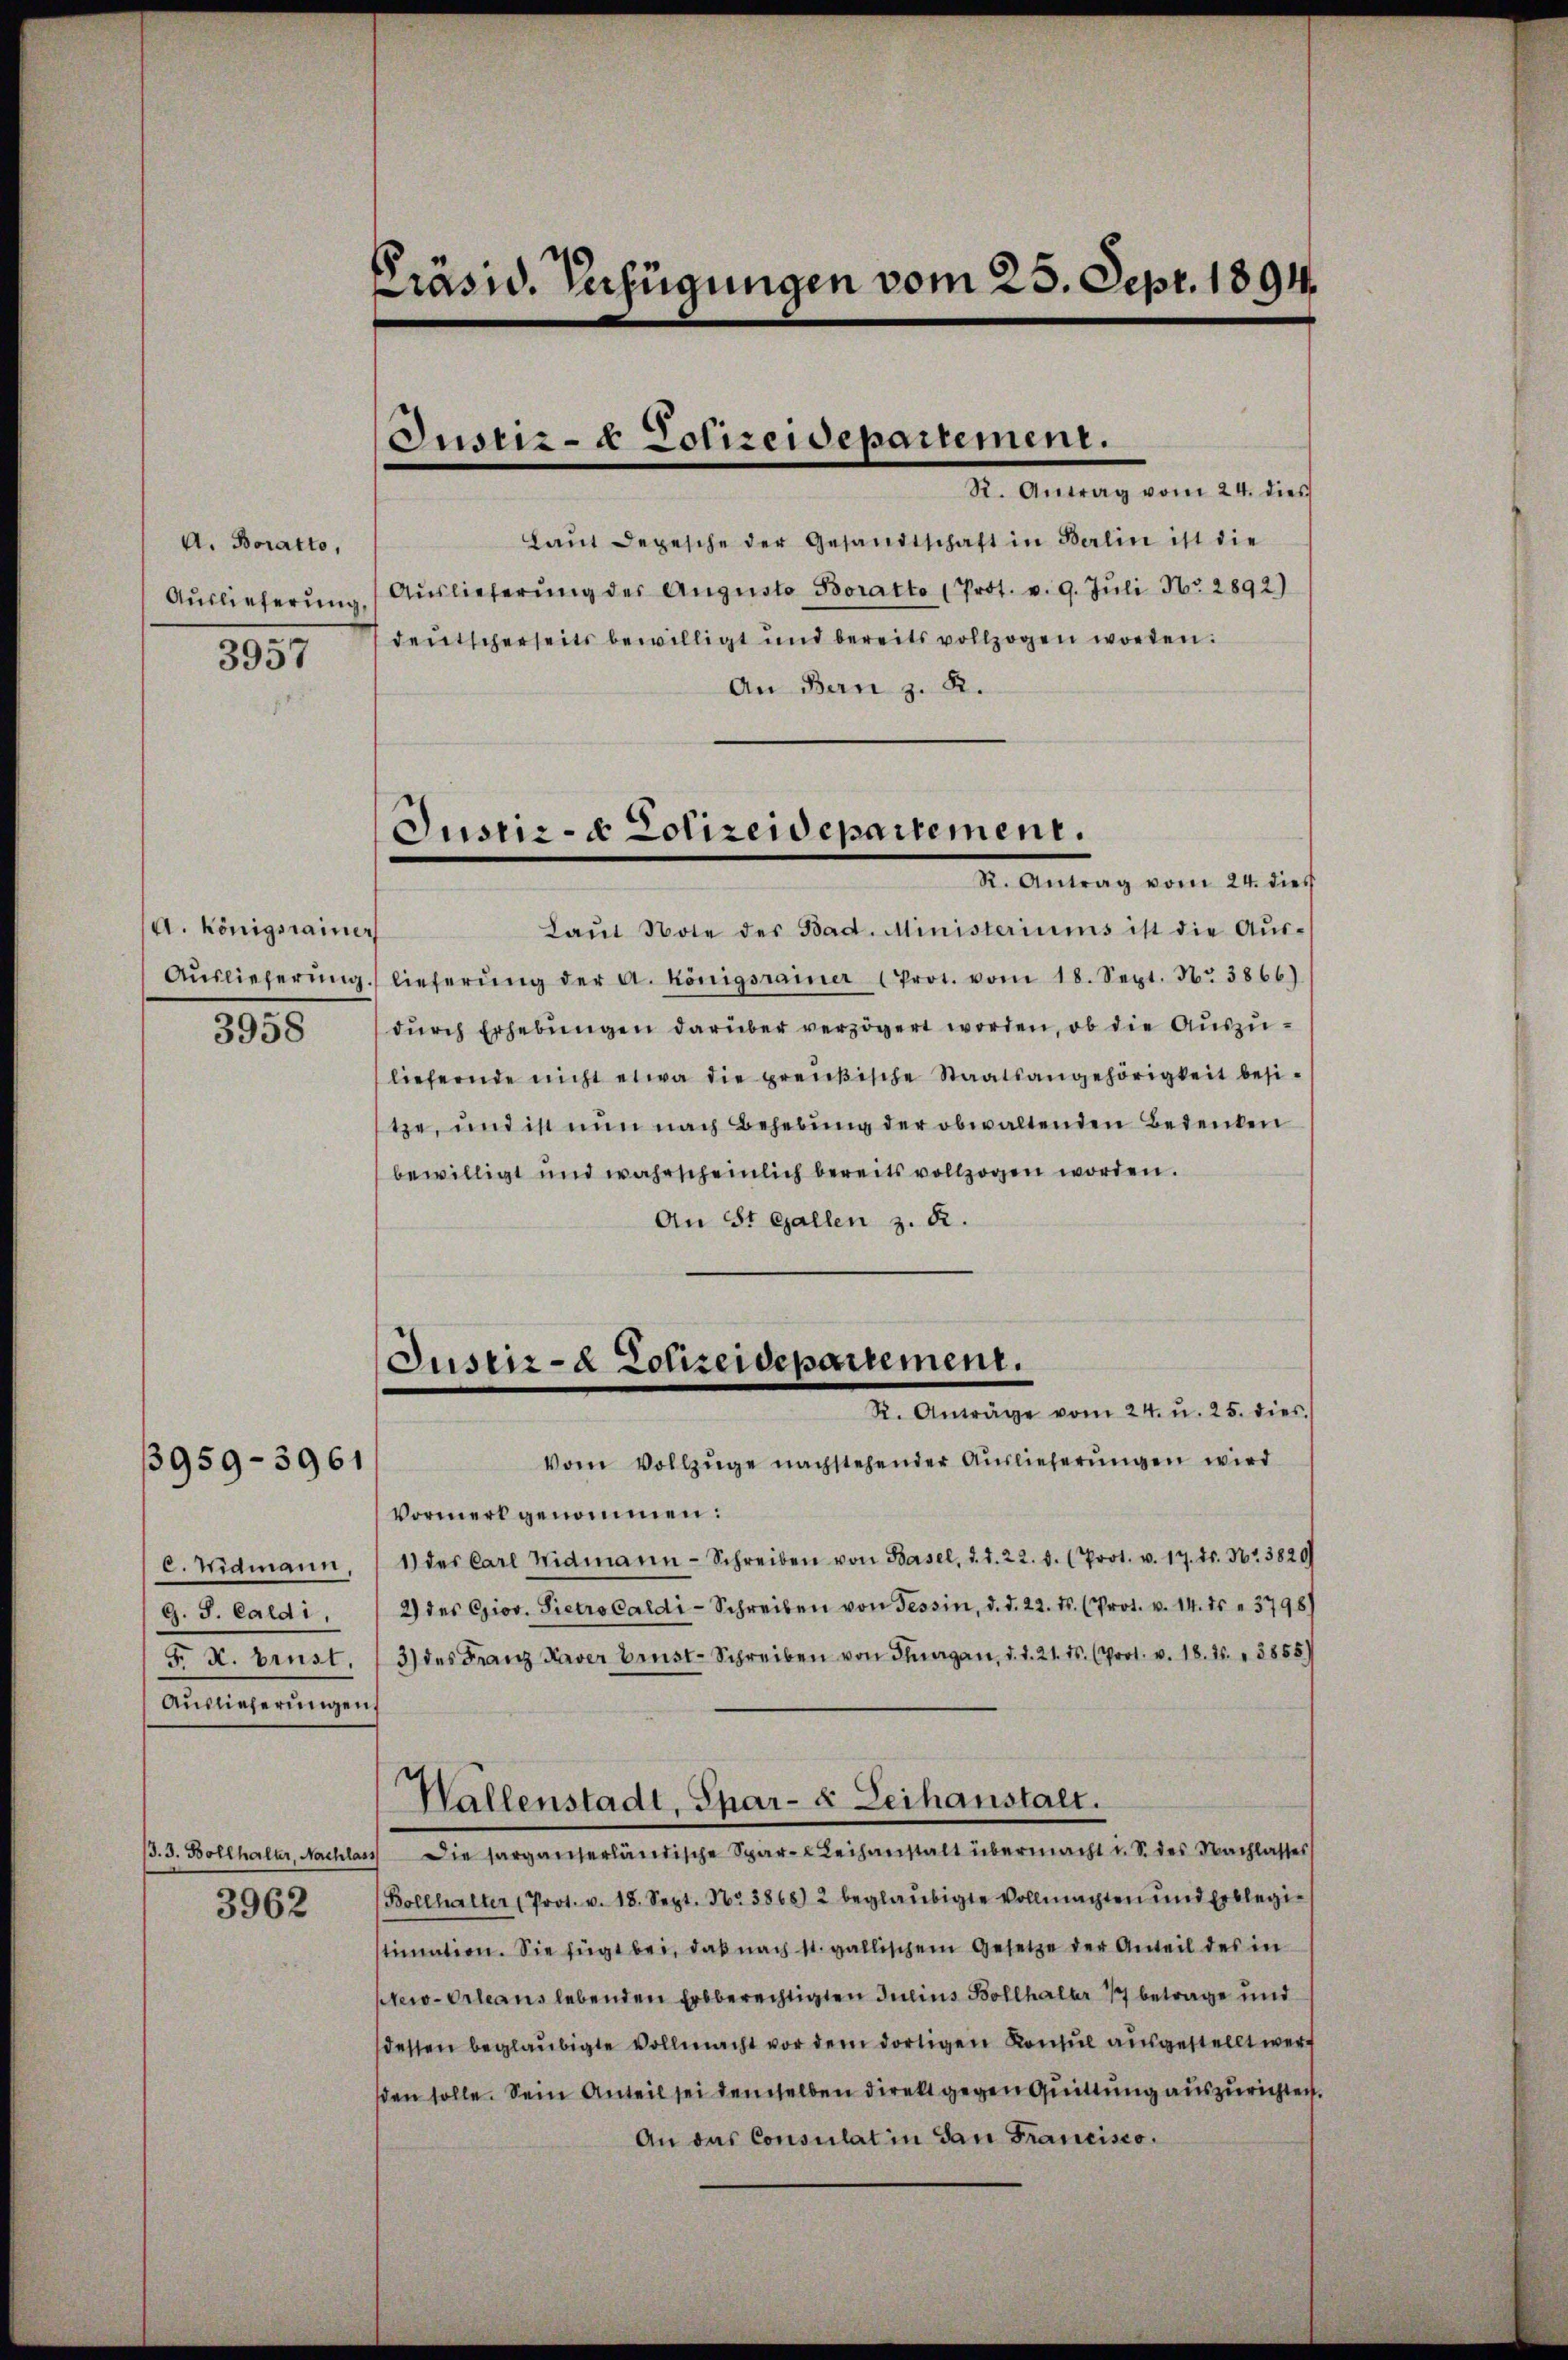
A. Boratto,
3957

A. Königsrainer
3958

c. Widmann,
G. J. Caldi,
F. X. brust.
Auslieferungen.

3959-3961

J. J. Bollhaler, Nachlas
3962

Präsid. Verfügungen vom 25. Sept. 1894.

Justiz- & Polizeidepartement.
R. Antrag vom 24. dies

laŭt Depesche der Gesandtschaft in Berlin ist die
Aŭslieferŭng Aŭslieferŭng des Aŭgŭsto Boratto (Prot. v. 9. Jŭli Nr. 2892)
deutscherseits bewilligt und bereits vollzogen worden.
An Bern z. B.
Laŭt Note des Bad. Ministeriums ist die Aŭs-
Aŭslieferŭng lieferŭng der A. Königsrainer 1 Prot. vom 18. Sept. Nr. 3866)
dŭrch Erhebŭngen darüber verzögert worden, ob die Auszuliefernde nicht etwa die preußische Staatsangehörigkeit besitze, und ist nun nach Behebung der obwaltenden Bedenken
bewilligt und wahrscheinlich bereits vollzogen worden.
An St. Gallen z. B.
Justiz- & Polizeidepartement.
St. Anträge vom 24. u. 25. dies
Vom Vollzüge nachstehender Auslieferŭngen wird
Vormerk genommen:
1) des Carl Widmann-Schreiben von Basel, d. d. 22. d. (Prot. v. 17. ds. Nr. 3820
2) des Giov. Pietro Caldi-Schreiben von Tessin, d. d. 22. ds. (Prot. v. 14. ds. " 3798)
3) des Franz Kaver brust-Schreiben von Plagan, d. d. 21. ds. (Prot. v. 18. 25. 3855)
Wallenstadt, Spar- & Leihanstalt.
1) Die sorganserländische Spar- Leihanstalt übermacht i. S. des Nachlasses
(Bollhalter (Prot. v. 18. Sept. Nr. 3868) 2 beglaubigte Vollmachten und Erblegistimation. Sie fügt bei, daß nach 11. gallischem Gesetze der Anteil des in
New-Orleans lebenden Erbberechtigten Julius Bollhalber 177 betrage und
dessen beglaubigte Vollmacht vor dem dortigen Konsul ausgestellt werd
sden solle. Sein Anteil sei demselben direkt gegen Quittung auszurichten.
An das Consulat in San Francisco

Justiz- & Polizeidepartement.
S. Antrag vom 2. dies